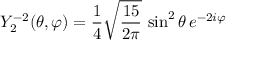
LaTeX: Y _ { 2 } ^ { - 2 } ( \theta , \varphi ) = { \frac { 1 } { 4 } } { \sqrt { \frac { 1 5 } { 2 \pi } } } \, \sin ^ { 2 } \theta \, e ^ { - 2 i \varphi }